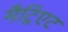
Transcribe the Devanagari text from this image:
मैट्रिएट